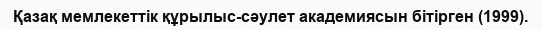
Қазақ мемлекеттік құрылыс-сәулет академиясын бітірген (1999).